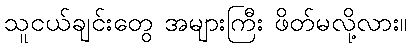
သူငယ်ချင်းတွေ အများကြီး ဖိတ်မလို့လား။